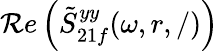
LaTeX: \mathcal{R}e\left(\tilde{S}_{21f}^{yy}(\omega,r,/)\right)